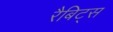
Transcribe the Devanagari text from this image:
रैबिट्स